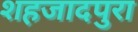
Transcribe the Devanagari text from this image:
शहजादपुरा